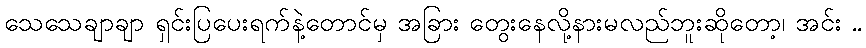
သေသေချာချာ ရှင်းပြပေးရက်နဲ့တောင်မှ အခြား တွေးနေလို့နားမလည်ဘူးဆိုတော့၊ အင်း ..